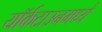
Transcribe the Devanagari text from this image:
यॉर्कटाउनमध्ये